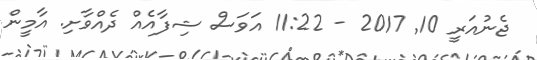
ޖެނުއަރީ 10